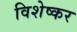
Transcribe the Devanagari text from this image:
विशेष्कर